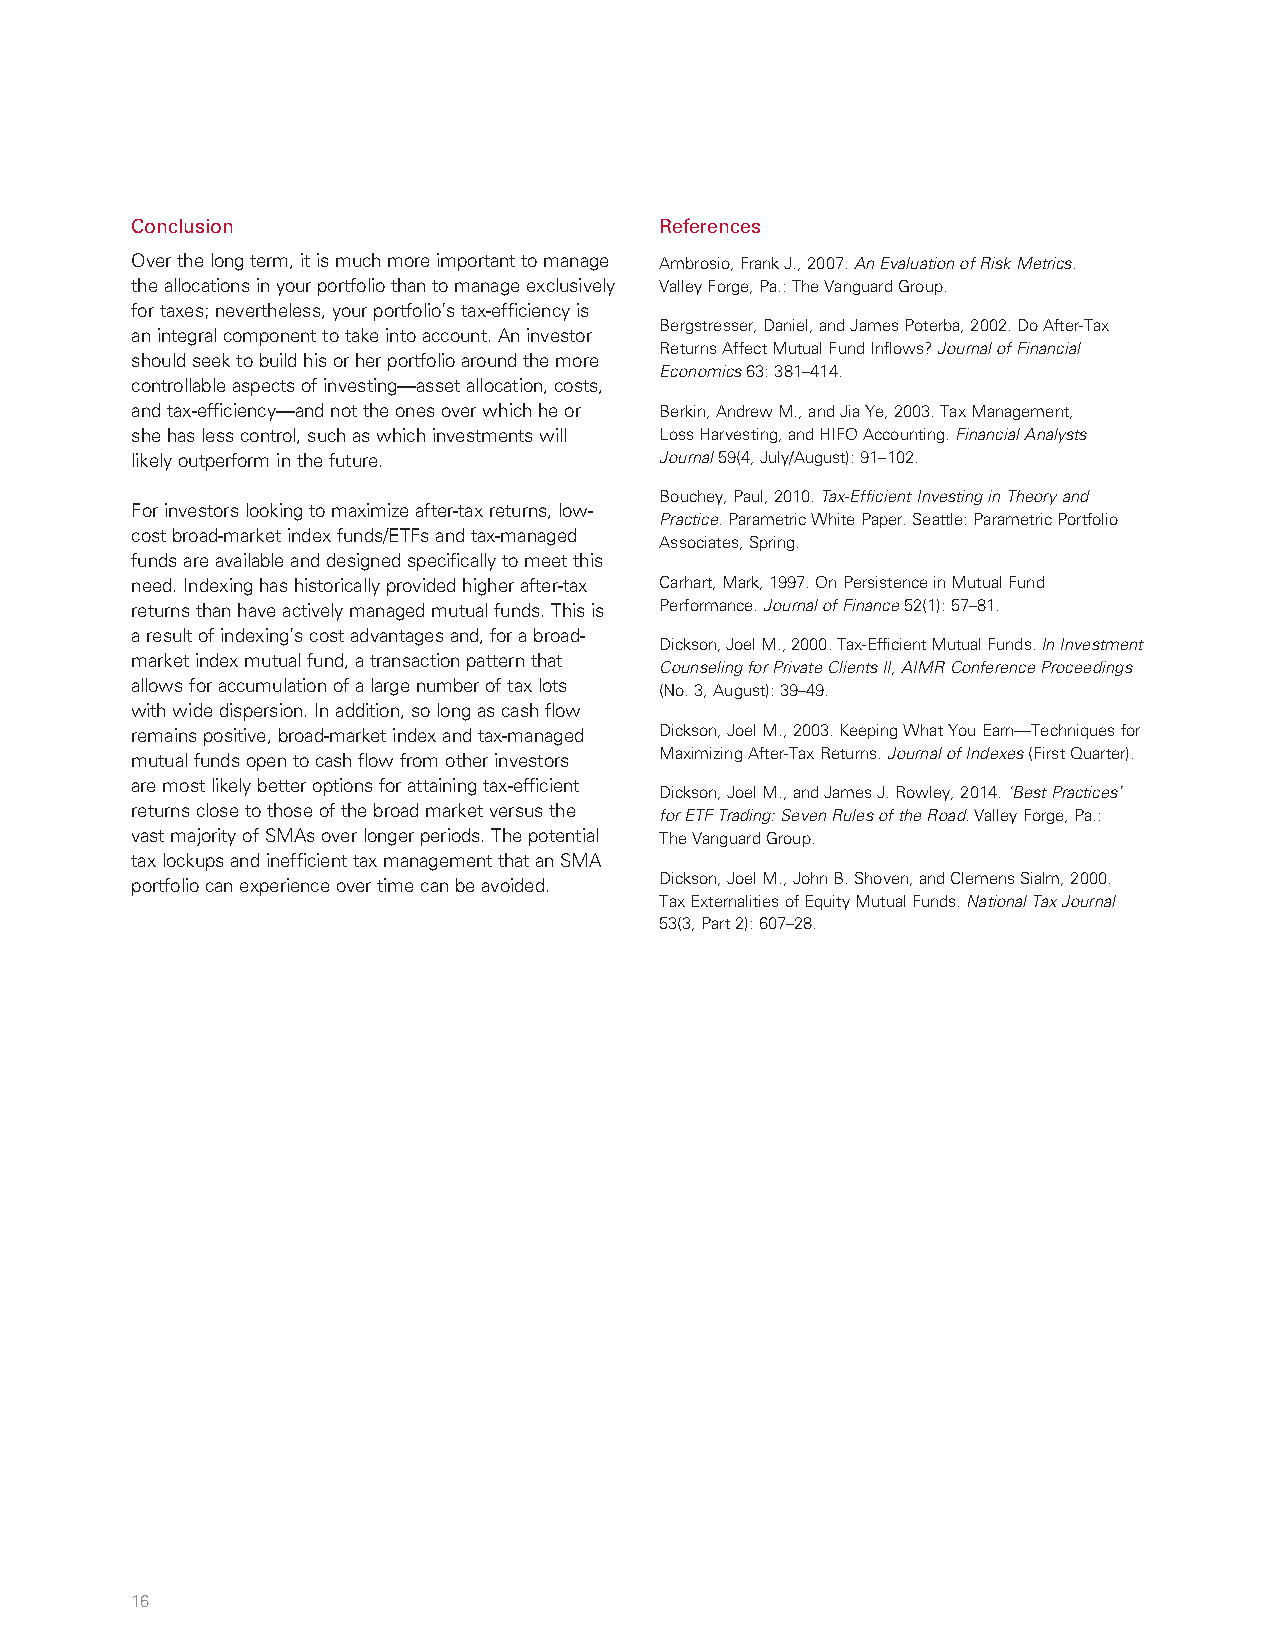
Conclusion                         References
 Over the long term, it is much more important to manage Ambrosio, Frank J., 2007. An Evaluation of Risk Metrics.
 the allocations in your portfolio than to manage exclusively Valley Forge, Pa.: The Vanguard Group.
 for taxes; nevertheless, your portfolio’s tax-efficiency is
 Bergstresser, Daniel, and James Poterba, 2002. Do After-Tax
 an integral component to take into account. An investor
 Returns Affect Mutual Fund Inflows? Journal of Financial
 should seek to build his or her portfolio around the more
 Economics 63: 381–414.
 controllable aspects of investing—asset allocation, costs,
 and tax-efficiency—and not the ones over which he or Berkin, Andrew M., and Jia Ye, 2003. Tax Management,
 she has less control, such as which investments will Loss Harvesting, and HIFO Accounting. Financial Analysts
 likely outperform in the future.   Journal 59(4, July/August): 91–102.
 Bouchey, Paul, 2010. Tax-Efficient Investing in Theory and
 For investors looking to maximize after-tax returns, low-
 Practice. Parametric White Paper. Seattle: Parametric Portfolio
 cost broad-market index funds/ETFs and tax-managed
 Associates, Spring.
 funds are available and designed specifically to meet this
 need. Indexing has historically provided higher after-tax Carhart, Mark, 1997. On Persistence in Mutual Fund
 returns than have actively managed mutual funds. This is Performance. Journal of Finance 52(1): 57–81.
 a result of indexing’s cost advantages and, for a broad-
 Dickson, Joel M., 2000. Tax-Efficient Mutual Funds. In Investment
 market index mutual fund, a transaction pattern that
 Counseling for Private Clients II, AIMR Conference Proceedings
 allows for accumulation of a large number of tax lots (No. 3, August): 39–49.
 with wide dispersion. In addition, so long as cash flow
 remains positive, broad-market index and tax-managed Dickson, Joel M., 2003. Keeping What You Earn—Techniques for
 Maximizing After-Tax Returns. Journal of Indexes (First Quarter).
 mutual funds open to cash flow from other investors
 are most likely better options for attaining tax-efficient
 Dickson, Joel M., and James J. Rowley, 2014. ‘Best Practices’
 returns close to those of the broad market versus the for ETF Trading: Seven Rules of the Road. Valley Forge, Pa.:
 vast majority of SMAs over longer periods. The potential The Vanguard Group.
 tax lockups and inefficient tax management that an SMA
 Dickson, Joel M., John B. Shoven, and Clemens Sialm, 2000.
 portfolio can experience over time can be avoided.
 Tax Externalities of Equity Mutual Funds. National Tax Journal
 53(3, Part 2): 607–28.
 16